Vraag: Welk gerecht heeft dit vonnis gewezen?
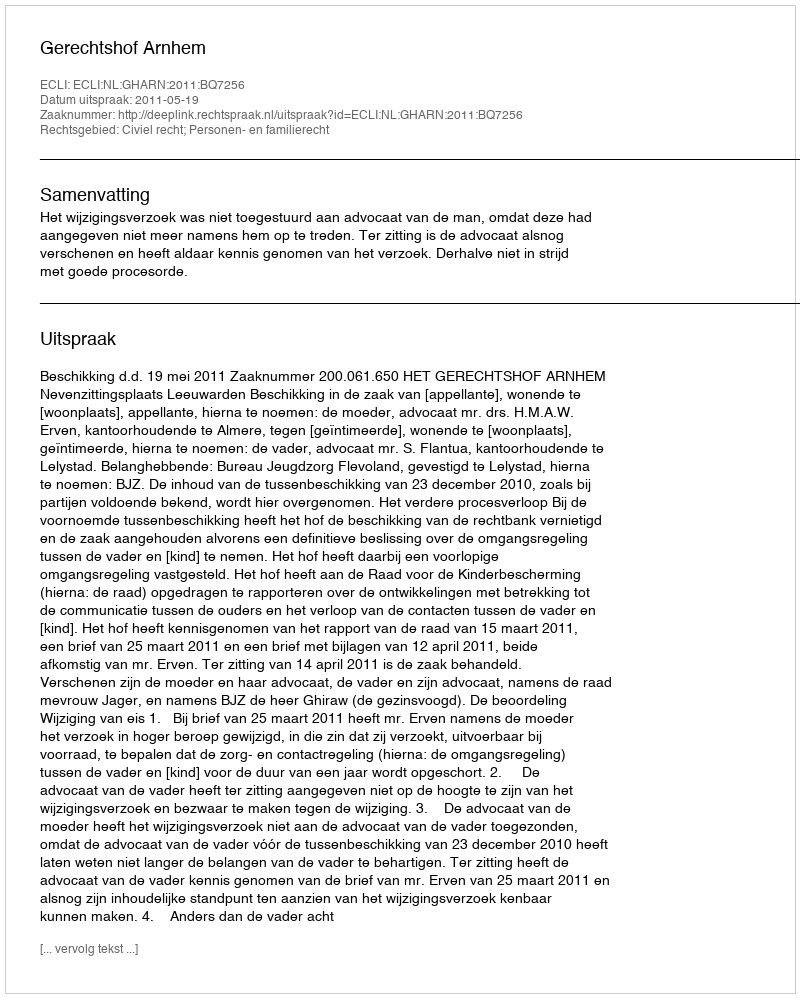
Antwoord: Gerechtshof Arnhem